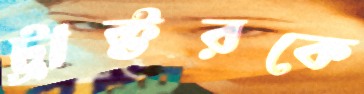
ট্রাক্টরকে